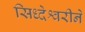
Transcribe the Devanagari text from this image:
सिध्देश्वरीने